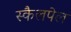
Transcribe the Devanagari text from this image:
स्कैलपेल